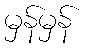
မှန်မှန်